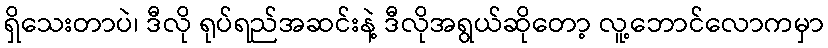
ရှိသေးတာပဲ၊ ဒီလို ရုပ်ရည်အဆင်းနဲ့ ဒီလိုအရွယ်ဆိုတော့ လူ့ဘောင်လောကမှာ